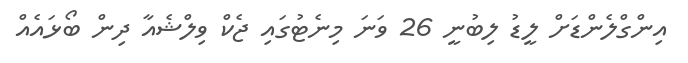
އިންގްލެންޑަށް ލީޑު ލިބުނީ 26 ވަނަ މިނެޓުގައި ޖެކް ވިލްޝެއާ ދިން ބޯޅައެއް